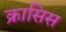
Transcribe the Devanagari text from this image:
क्रासिस